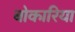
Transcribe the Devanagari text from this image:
बोकारिया